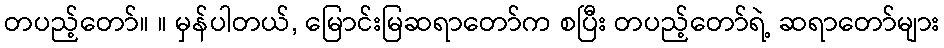
တပည့်တော်။ ။ မှန်ပါတယ်, မြောင်းမြဆရာတော်က စပြီး တပည့်တော်ရဲ့ ဆရာတော်များ